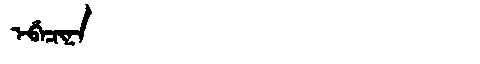
Manchu: ᡝᠪᡝᠴᡳᠨᠠ
Romanization: EBECINA